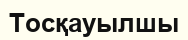
Тосқауылшы